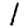
Digit: 1